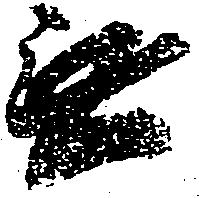
無